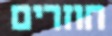
חוזרים